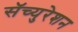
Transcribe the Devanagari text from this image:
सॅच्युरेशन